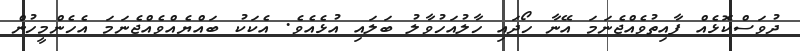
ދުވަސްކޮޅެއް ފާއިތުވެއްޖެނަމަ އޭނާ ހޯދައި ހާލުއަހުވާލު ބަލައި އުޅެއެވެ. އެކަކު ބައްޔެއްވެއްޖެނަމަ އެހެންމީހުން